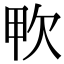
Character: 𣢗